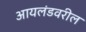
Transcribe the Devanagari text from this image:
आयलंडवरील